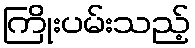
ကြိုးပမ်းသည့်